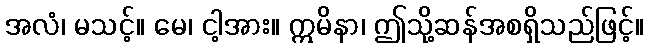
အလံ၊ မသင့်။ မေ၊ ငါ့အား။ ဣမိနာ၊ ဤသို့ဆန်အစရှိသည်ဖြင့်။